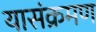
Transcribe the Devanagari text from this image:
यासंक्रमण